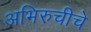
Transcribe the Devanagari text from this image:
अभिरुचीचे